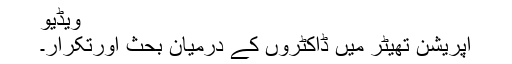
ویڈیو
اپریشن تھیٹر میں ڈاکٹروں کے درمیان بحث اورتکرار۔